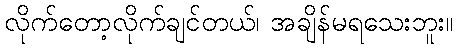
လိုက်တော့လိုက်ချင်တယ်၊ အချိန်မရသေးဘူး။